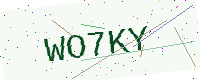
Text: WO7KY